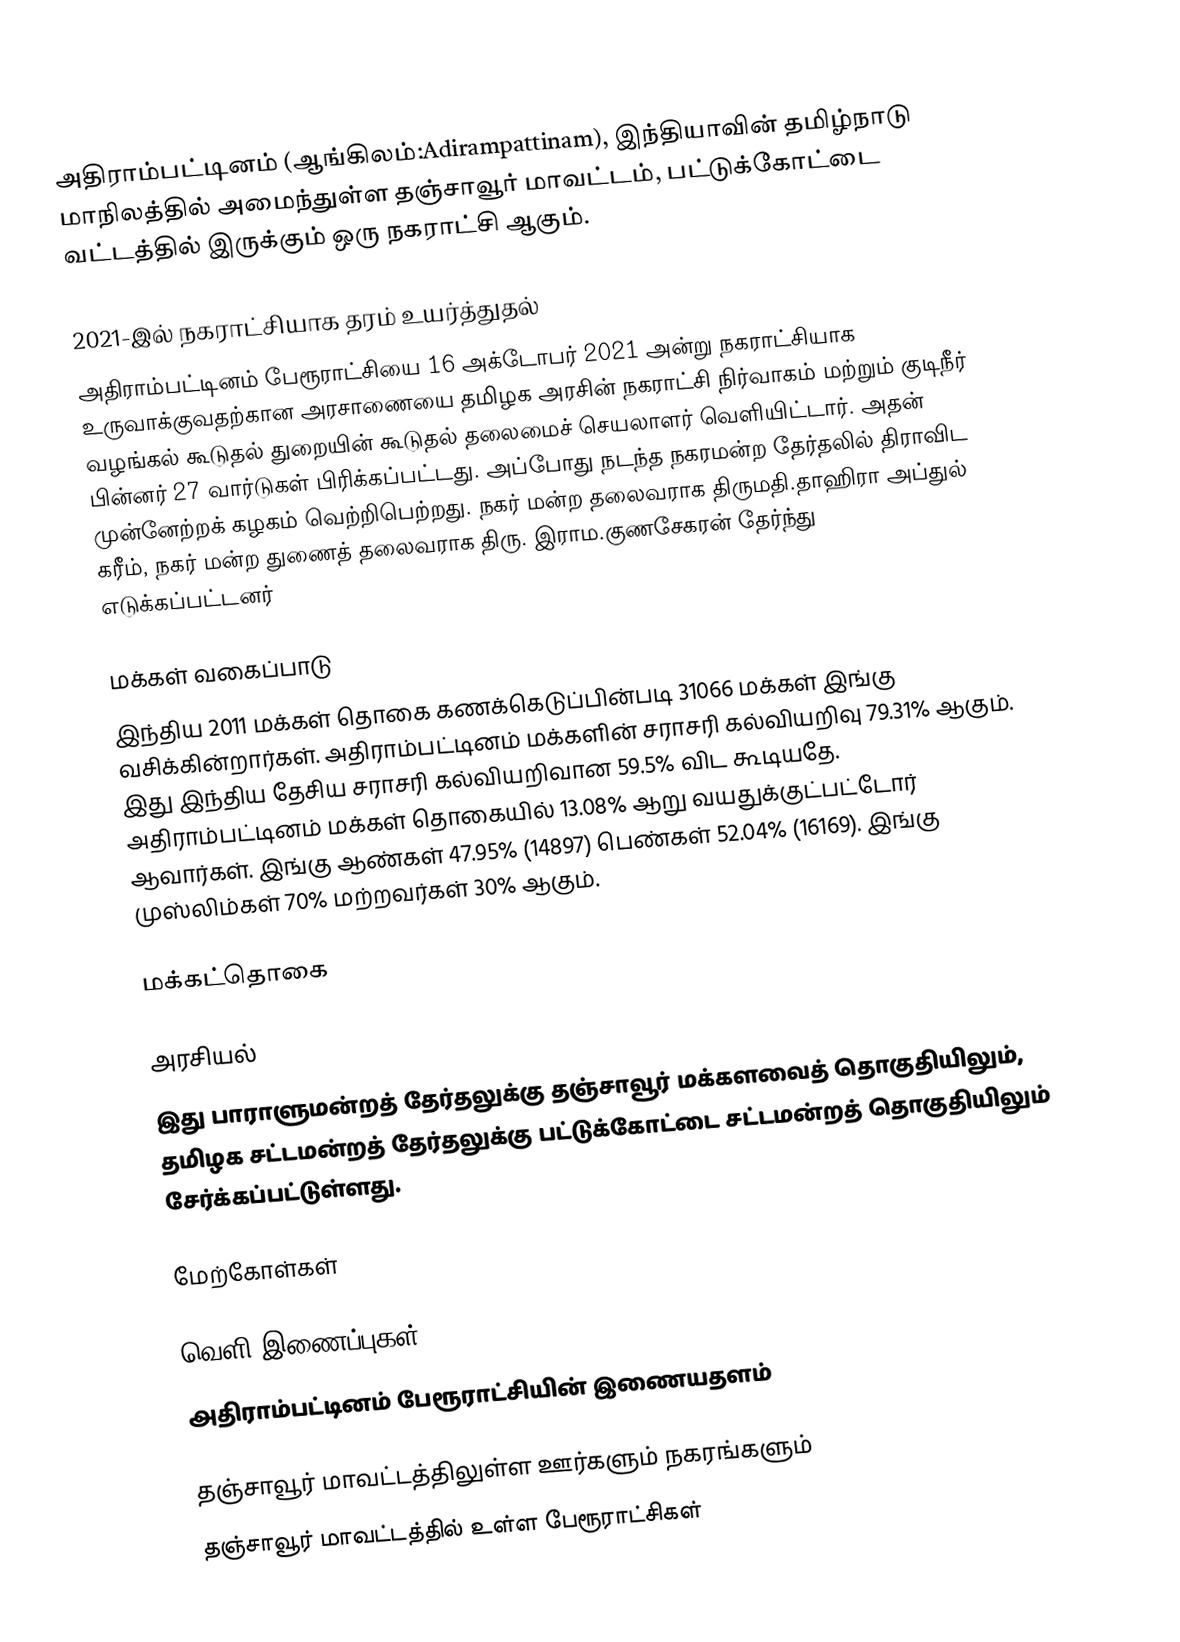
அதிராம்பட்டினம் (ஆங்கிலம்:Adirampattinam), இந்தியாவின் தமிழ்நாடு மாநிலத்தில் அமைந்துள்ள தஞ்சாவூர் மாவட்டம், பட்டுக்கோட்டை வட்டத்தில் இருக்கும் ஒரு நகராட்சி ஆகும்.

2021-இல் நகராட்சியாக தரம் உயர்த்துதல்
அதிராம்பட்டினம் பேரூராட்சியை 16 அக்டோபர் 2021 அன்று  நகராட்சியாக உருவாக்குவதற்கான அரசாணையை தமிழக அரசின்  நகராட்சி நிர்வாகம் மற்றும் குடிநீர் வழங்கல் கூடுதல் துறையின் கூடுதல் தலைமைச் செயலாளர் வெளியிட்டார். அதன் பின்னர் 27 வார்டுகள் பிரிக்கப்பட்டது. அப்போது நடந்த நகரமன்ற தேர்தலில் திராவிட முன்னேற்றக் கழகம் வெற்றிபெற்றது. நகர் மன்ற தலைவராக திருமதி.தாஹிரா அப்துல் கரீம், நகர் மன்ற துணைத் தலைவராக திரு. இராம.குணசேகரன் தேர்ந்து எடுக்கப்பட்டனர்

மக்கள் வகைப்பாடு
இந்திய 2011 மக்கள் தொகை கணக்கெடுப்பின்படி 31066 மக்கள் இங்கு வசிக்கின்றார்கள். அதிராம்பட்டினம் மக்களின் சராசரி கல்வியறிவு 79.31% ஆகும். இது இந்திய தேசிய சராசரி கல்வியறிவான 59.5% விட கூடியதே. அதிராம்பட்டினம் மக்கள் தொகையில் 13.08%  ஆறு வயதுக்குட்பட்டோர் ஆவார்கள். இங்கு ஆண்கள் 47.95% (14897) பெண்கள் 52.04% (16169). இங்கு முஸ்லிம்கள் 70% மற்றவர்கள் 30% ஆகும்.

மக்கட்தொகை

அரசியல்
இது பாராளுமன்றத் தேர்தலுக்கு தஞ்சாவூர் மக்களவைத் தொகுதியிலும், தமிழக சட்டமன்றத் தேர்தலுக்கு பட்டுக்கோட்டை சட்டமன்றத் தொகுதியிலும் சேர்க்கப்பட்டுள்ளது.

மேற்கோள்கள்

வெளி இணைப்புகள்
 அதிராம்பட்டினம் பேரூராட்சியின் இணையதளம்

தஞ்சாவூர் மாவட்டத்திலுள்ள ஊர்களும் நகரங்களும்
தஞ்சாவூர் மாவட்டத்தில் உள்ள பேரூராட்சிகள்